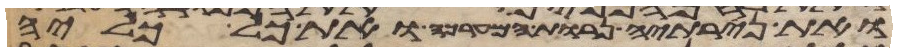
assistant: ואת נרתיה נרות המערכה ואת כל כליה